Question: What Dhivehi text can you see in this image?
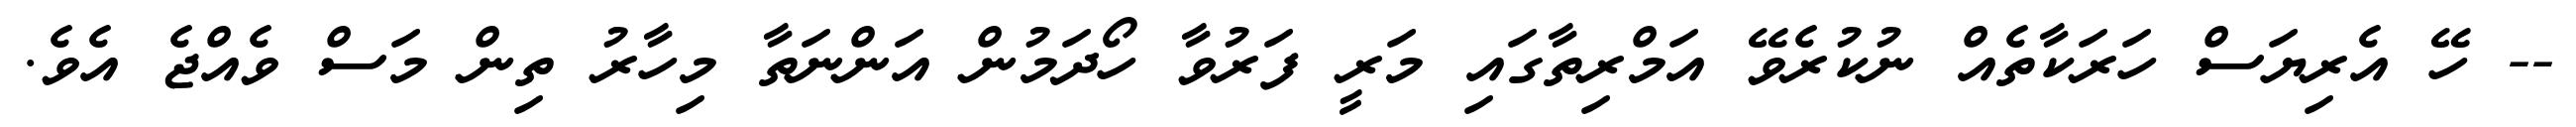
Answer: -- ހޭ އެރިޔަސް ހަރަކާތެއް ނުކުރެވޭ އަމްރިތާގައި މަރީ ފަރުވާ ހޯދަމުން އަންނަތާ މިހާރު ތިން މަސް ވެއްޖެ އެވެ.